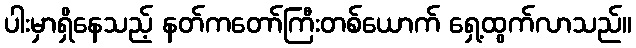
ပါးမှာရှိနေသည့် နတ်ကတော်ကြီးတစ်ယောက် ရှေ့ထွက်လာသည်။